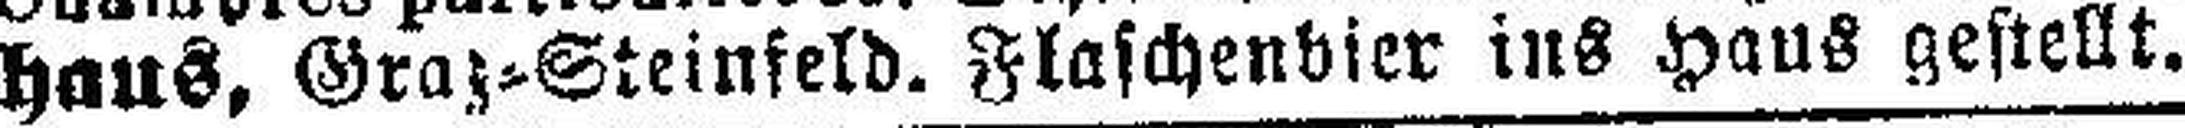
haus, Graz=Steinfeld. Flaschenbier ins Haus gestellt.